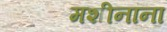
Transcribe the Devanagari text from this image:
मशीनांना